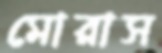
মোরাস